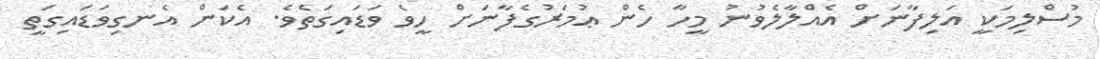
މުސްލިމަކީ އަލިފާނަށް އެއްލާލެވުނު މީހާ ހެން ޢުމަރުގެފާނަށް ހީވެ ވަޑައިގަތެވެ. އެކަން އެނގިވަޑައިގަތީ